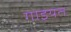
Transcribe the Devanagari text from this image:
गाइयत